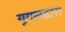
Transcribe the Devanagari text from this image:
गूगलद्वारा